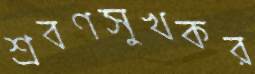
শ্রবণসুখকর